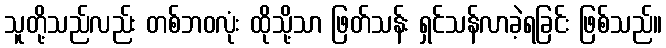
သူတို့သည်လည်း တစ်ဘဝလုံး ထိုသို့သာ ဖြတ်သန်း ရှင်သန်လာခဲ့ရခြင်း ဖြစ်သည်။